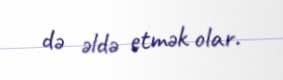
də əldə etmək olar.